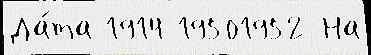
Да́та 1914 19501952 На